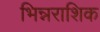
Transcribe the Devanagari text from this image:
भिन्नराशिक